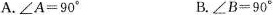
A.$$∠ A = 9 0 °$$ B.$$∠ B = 9 0 °$$